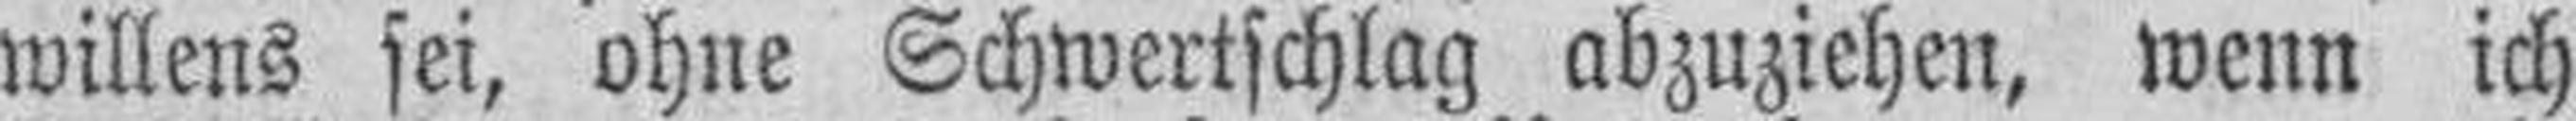
willens sei, ohne Schwertschlag abzuziehen, wenn ich